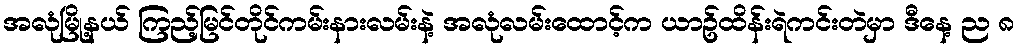
အလုံမြို့နယ် ကြည့်မြင်တိုင်ကမ်းနားလမ်းနဲ့ အလုံလမ်းထောင့်က ယာဥ်ထိန်းရဲကင်းတဲမှာ ဒီနေ့ ည ၈